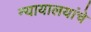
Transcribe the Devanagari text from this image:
न्यायालयांचे